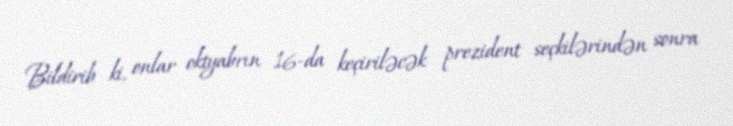
Bildirib ki, onlar oktyabrın 16-da keçiriləcək prezident seçkilərindən sonra